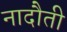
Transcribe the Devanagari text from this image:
नादौती